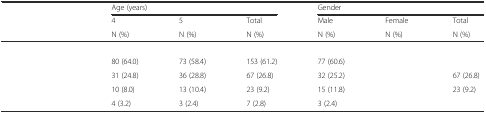
<table><thead><tr><td>[EMPTY_CELL]</td><td colspan="3"><b>Age (years)</b></td><td colspan="3"><b>Gender</b></td></tr><tr><td>[EMPTY_CELL]</td><td><b>4</b></td><td><b>5</b></td><td><b>Total</b></td><td><b>Male</b></td><td><b>Female</b></td><td><b>Total</b></td></tr><tr><td>[EMPTY_CELL]</td><td><b>N (%)</b></td><td><b>N (%)</b></td><td><b>N (%)</b></td><td><b>N (%)</b></td><td><b>N (%)</b></td><td><b>N (%)</b></td></tr></thead><tbody><tr><td>[EMPTY_CELL]</td><td>[EMPTY_CELL]</td><td>[EMPTY_CELL]</td><td>[EMPTY_CELL]</td><td>[EMPTY_CELL]</td><td>[EMPTY_CELL]</td><td>[EMPTY_CELL]</td></tr><tr><td>[EMPTY_CELL]</td><td>80 (64.0)</td><td>73 (58.4)</td><td>153 (61.2)</td><td>77 (60.6)</td><td>[EMPTY_CELL]</td><td>[EMPTY_CELL]</td></tr><tr><td>[EMPTY_CELL]</td><td>31 (24.8)</td><td>36 (28.8)</td><td>67 (26.8)</td><td>32 (25.2)</td><td>[EMPTY_CELL]</td><td>67 (26.8)</td></tr><tr><td>[EMPTY_CELL]</td><td>10 (8.0)</td><td>13 (10.4)</td><td>23 (9.2)</td><td>15 (11.8)</td><td>[EMPTY_CELL]</td><td>23 (9.2)</td></tr><tr><td>[EMPTY_CELL]</td><td>4 (3.2)</td><td>3 (2.4)</td><td>7 (2.8)</td><td>3 (2.4)</td><td>[EMPTY_CELL]</td><td>[EMPTY_CELL]</td></tr></tbody></table>